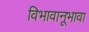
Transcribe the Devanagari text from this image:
विभावानूभावा